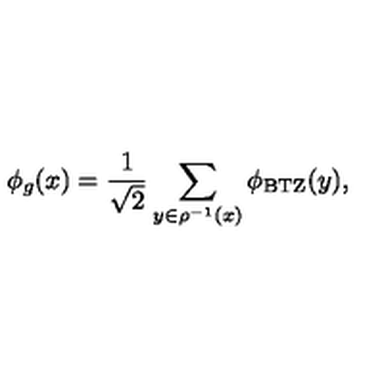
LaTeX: \phi _ { g } ( x ) = { \frac { 1 } { \sqrt { 2 } } } \sum _ { y \in \rho ^ { - 1 } ( x ) } \phi _ { \mathrm { { B T Z } } } ( y ) ,